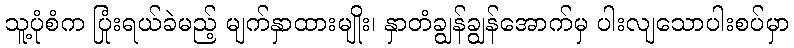
သူ့ပုံစံက ပြုံးရယ်ခဲမည့် မျက်နှာထားမျိုး၊ နှာတံချွန်ချွန်အောက်မှ ပါးလျသောပါးစပ်မှာ